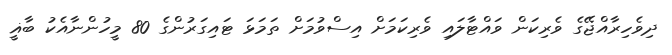
ދިވެހިރާއްޖޭގެ ވެރިކަން ވައްޓާލައި ވެރިކަމަށް އިސްވުމަށް ތަމަޅަ ޓައިގަރުންގެ 80 މީހުންނާއެކު ބާޣީ